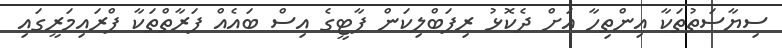
ސިޔާސަތުތަކާ އިންތިހާ އަށް ދެކޮޅު ރިޕަބްލިކަން ޕާޓީގެ އިސް ބައެއް ފަރާތްތަކާ ޕްރައިމަރީގައި